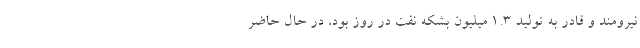
نیرومند و قادر به تولید ۱.۳ میلیون بشکه نفت در روز بود، در حال حاضر